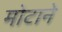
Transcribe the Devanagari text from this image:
मोटाने